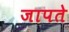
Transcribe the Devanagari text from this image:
जापते